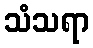
သံသရာ